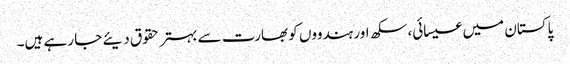
پاکستان میں عیسائی، سکھ اور ہندووں کو بھارت سے بہتر حقوق دیئے جا رہے ہیں۔